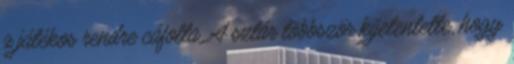
a játékos rendre cáfolta. A sztár többször kijelentette, hogy